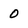
Character: O